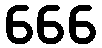
666